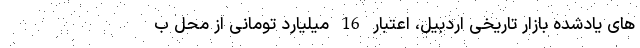
های یادشده بازار تاریخی اردبیل، اعتبار 16 میلیارد تومانی از محل ب